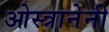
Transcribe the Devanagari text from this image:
ओस्त्रानेनी